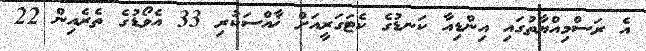
އެ ރަސްމިއްޔާތުގައި އިންޑިއާ ކަނޑުގެ ކެޓަގަރީއަށް ޚާއްސަކުރި 33 އެވޯޑުގެ ތެރެއިން 22